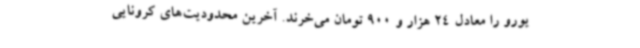
یورو را معادل 24 هزار و 900 تومان می‌خرند. آخرین محدودیت‌های کرونایی